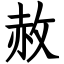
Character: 赦